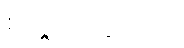
စိတ္တက္လေသေဟိ